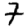
Digit: 7